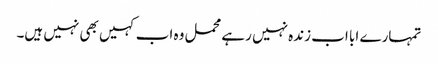
تمہارے ابا اب زندہ نہیں رہے محمل وہ اب کہیں بھی نہیں ہیں۔